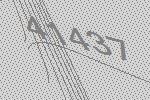
41437